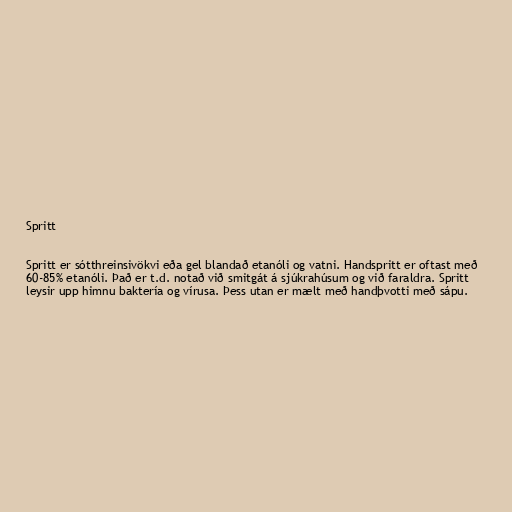
Spritt

Spritt er sótthreinsivökvi eða gel blandað etanóli og vatni. Handspritt er oftast með
60-85% etanóli. Það er t.d. notað við smitgát á sjúkrahúsum og við faraldra. Spritt
leysir upp himnu baktería og vírusa. Þess utan er mælt með handþvotti með sápu.